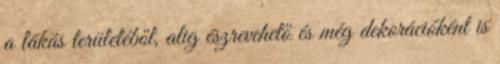
a lakás területéből, alig észrevehető és még dekorációként is